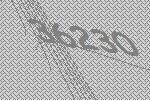
36230